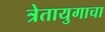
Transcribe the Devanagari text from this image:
त्रेतायुगाचा